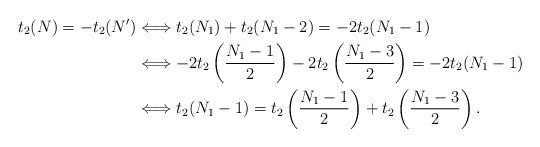
LaTeX: \begin{align*}t_{2}(N)=-t_{2}(N')&\Longleftrightarrow t_{2}(N_{1})+t_{2}(N_{1}-2)=-2t_{2}(N_{1}-1)\\ &\Longleftrightarrow -2t_{2}\left(\frac{N_{1}-1}{2}\right)-2t_{2}\left(\frac{N_{1}-3}{2}\right)=-2t_{2}(N_{1}-1)\\ &\Longleftrightarrow t_{2}(N_{1}-1)=t_{2}\left(\frac{N_{1}-1}{2}\right)+t_{2}\left(\frac{N_{1}-3}{2}\right).\end{align*}